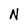
Character: N